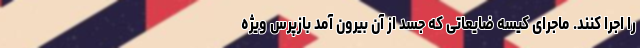
را اجرا کنند. ماجرای کیسه ضایعاتی که جسد از آن بیرون آمد بازپرس ویژه